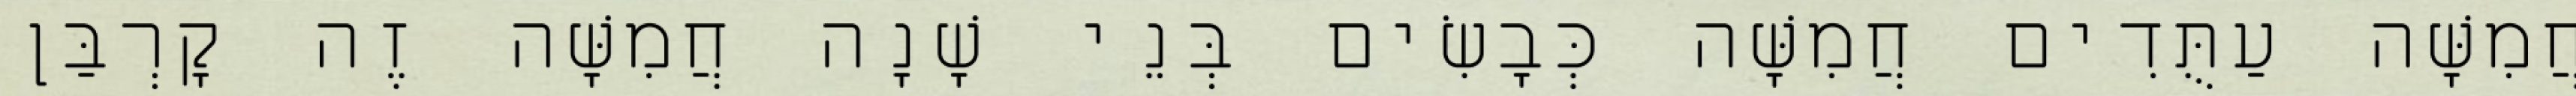
חֲמִשָּׁה עַתֻּדִים חֲמִשָּׁה כְּבָשִׂים בְּנֵי שָׁנָה חֲמִשָּׁה זֶה קָרְבַּן